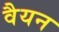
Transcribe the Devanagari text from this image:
वैयन